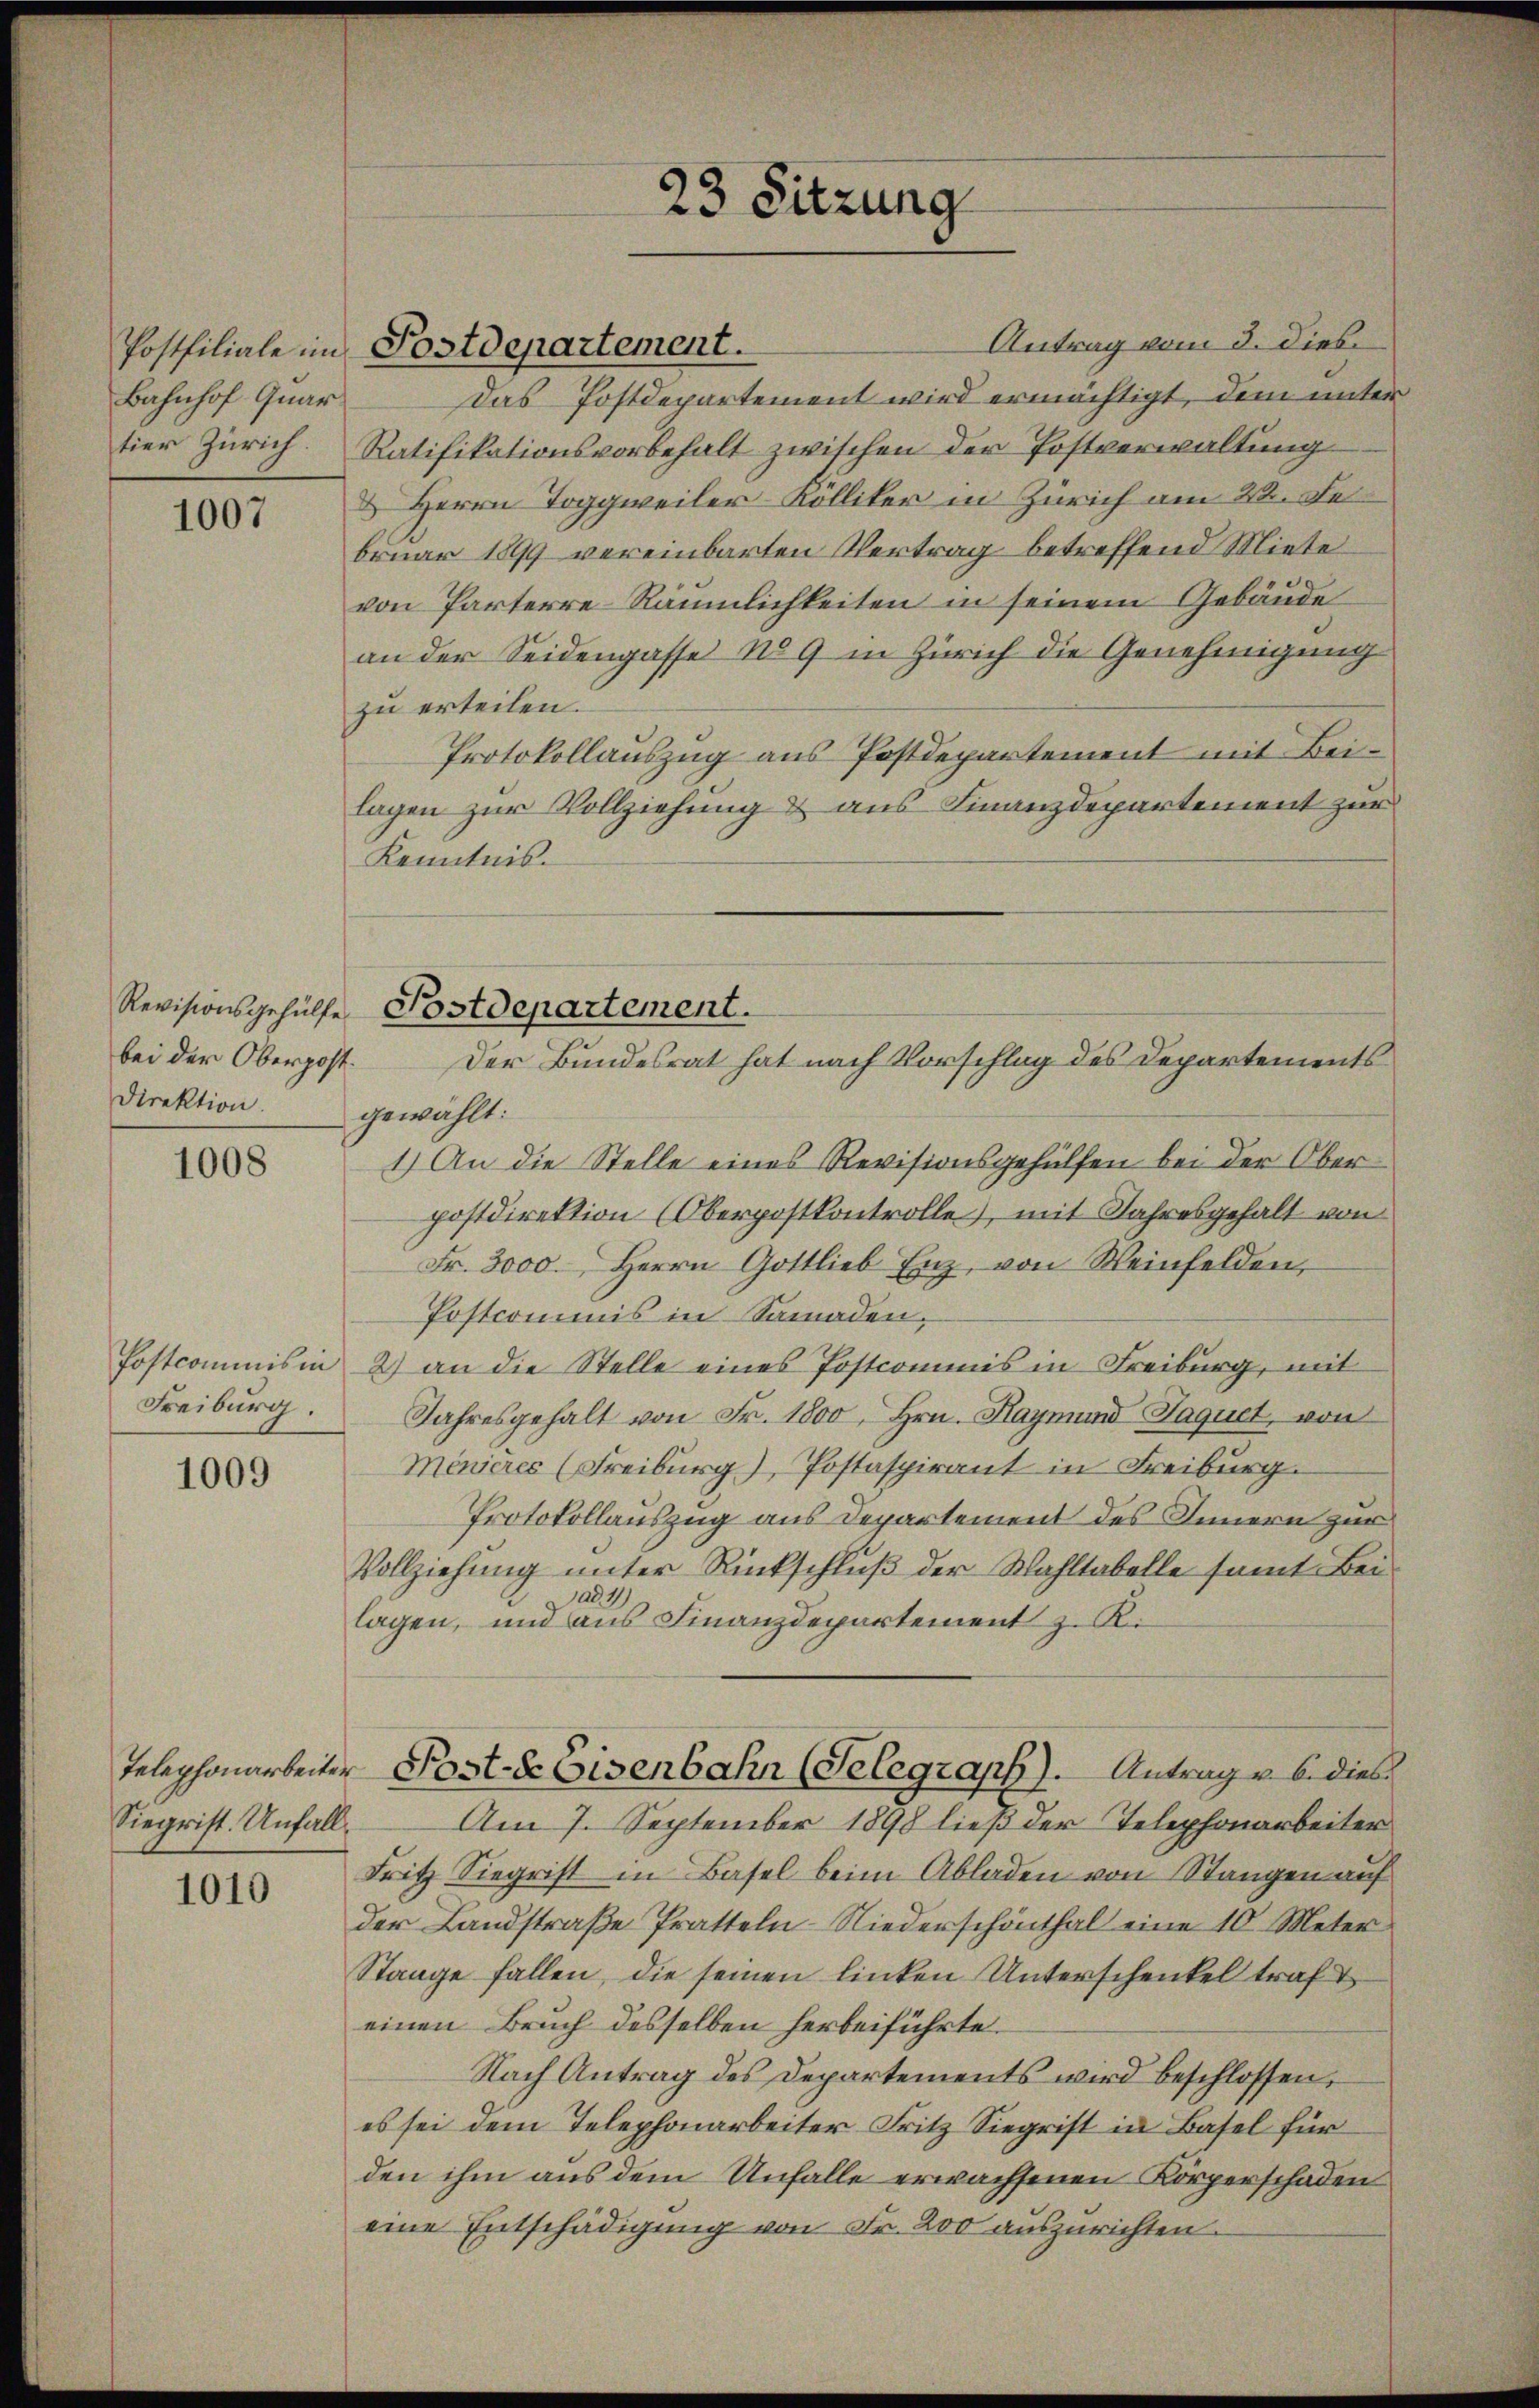
Postfiliale im
Bahnhof Quar

1007

bei der Oberpost.
Direktion.

1008

Freiburg.

1009

Siegrist. Unfall.

1010

Das Postdepartement wird ermächtigt, dem unter
tier Zürich Ratifikationsvorbehalt zwischen der Postverwaltung
& Herrn Toggweiler Kölliker in Zürich am 22. Fe
bruar 1869 vereinbarten Vertrag betreffend Miete
von Parterre-Räumlichkeiten in seinem Gebäude
an der Seidengasse No 9 in Zürich die Genehmigung
zu erteilen.
Protokollauszug aus Postdepartement mit Beilagen zur Vollziehung & aus Finanzdepartement zur
Kenntnis.

Postdepartement.

23 Sitzung

Revisionsgehülfe Postdepartement.
Der Bundesrat hat nach Vorschlag des Departements

Antrag vom 3. dies

gewählt:
1.) An die Stelle eines Revisionsgehülfen bei der Oberpostdirektion (Oberpostkontrolle, mit Jahresgehalt von
Fr. 3000. Herrn Gottlieb Enz, von Weinfelden,
Postcommis in Samaden,
Postcommis in 2) an die Stelle eines Postcommis in Freiburg, mit
Jahresgehalt von Fr. 1800, Hrn. Haymund Jaquet, von
Menières (Freiburg), Postaspirant in Freiburg.
Protokollauszug aus Departement des Innern zur
Vollziehung unter Rückschluß der Wahltabelle samt Bei-
ad. 1
lagen, und aus Finanzdepartement z. Ri
Telephonarbeiter Post-E Eisenbahn (Selegraph). Antrag u. 6. dies
Am 7. September 1898 ließ der Telephonarbeiter
Fritz Siegrist in Basel beim Abladen von Stangen auf
der Landstraße Pratteln. Niederschönthal eine 10 Meter
Stange fallen, die seinen linken Unterschenkel traft
einen Bruch desselben herbeiführte.
Nach Antrag des Departements wird beschlossen,
es sei dem Telephonarbeiter Fritz Siegrist in Basel für
den ihm aus dem Unfalle erwachsenen Körperschaden
eine Entschädigung von Fr. 200 auszurichten.